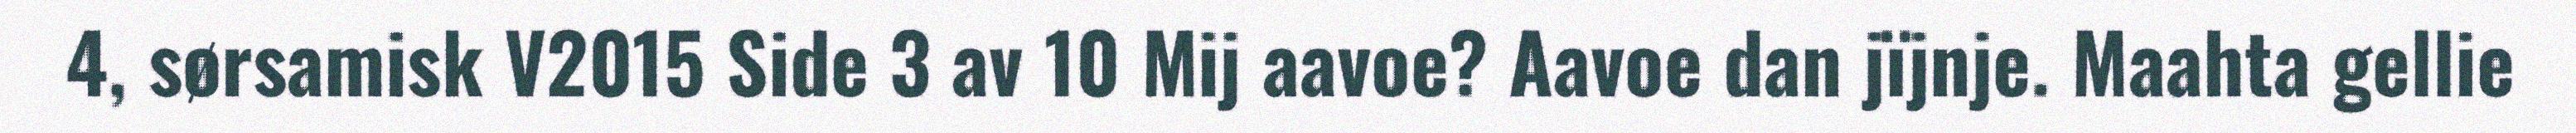
4, sørsamisk V2015 Side 3 av 10 Mij aavoe? Aavoe dan jïjnje. Maahta gellie